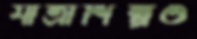
যাত্রাশিল্পও